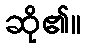
ဆို၏။